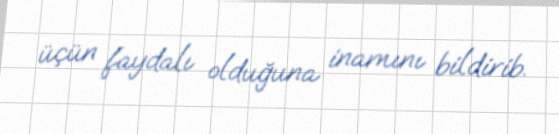
üçün faydalı olduğuna inamını bildirib.